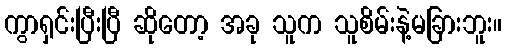
ကွာရှင်းပြီးပြီ ဆိုတော့ အခု သူက သူစိမ်းနဲ့မခြားဘူး။